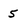
Character: 5